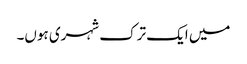
میں ایک ترک شہری ہوں۔